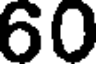
60